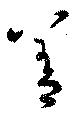
差